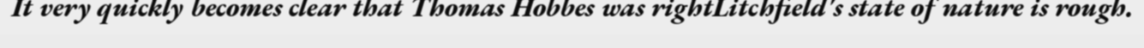
It very quickly becomes clear that Thomas Hobbes was rightLitchfield's state of nature is rough.